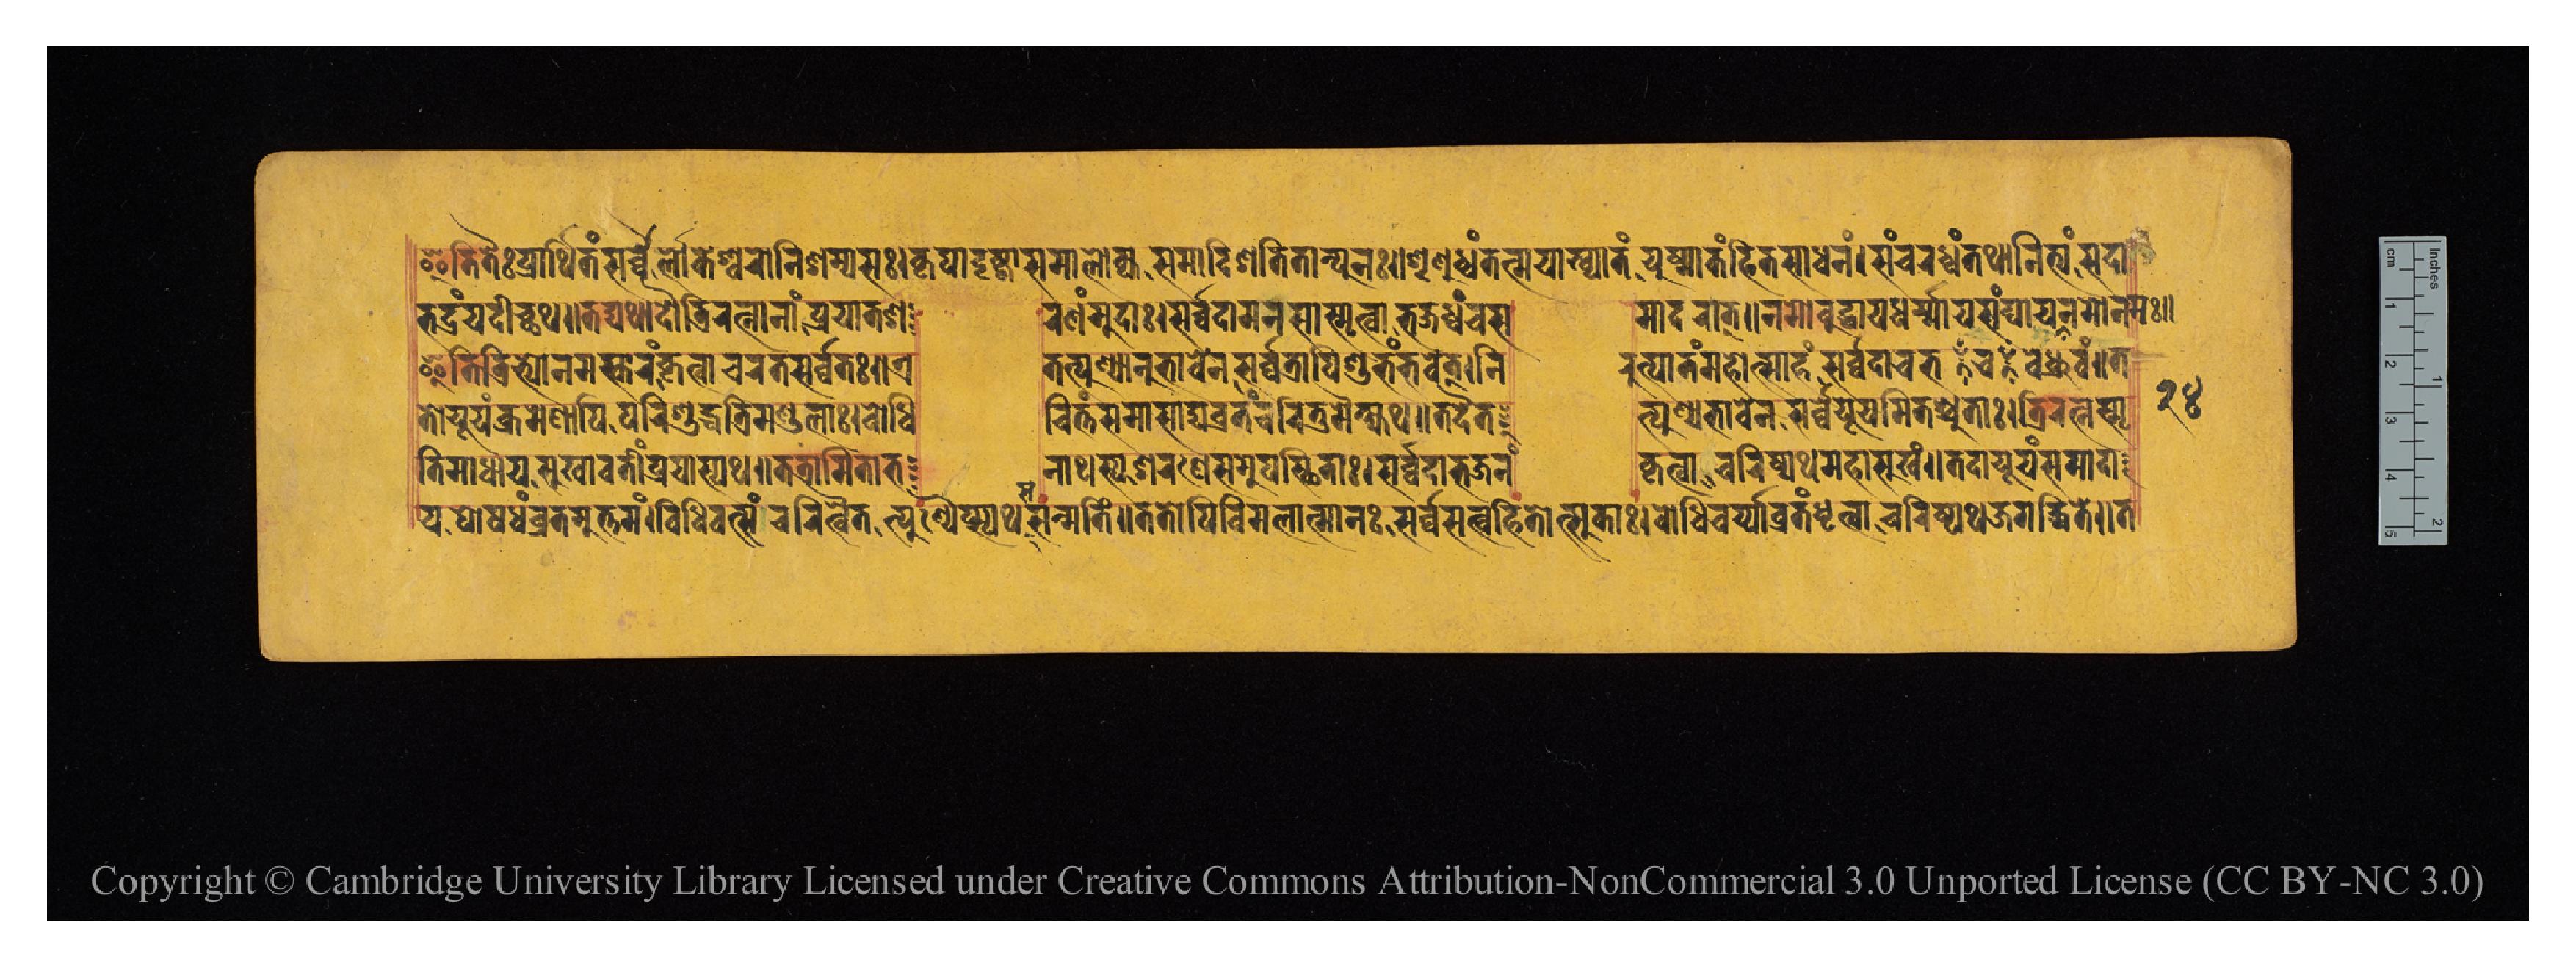
𑐂𑐟𑐶𑐟𑐿𑐥𑑂𑐬𑐵𑐬𑑂𑐠𑐶𑐟𑑄𑐳𑐬𑑂𑐰𑑂𑐰𑐿𑐮𑑀𑐎𑐾𑐱𑑂𑐰𑐬𑑀𑐣𑐶𑐱𑐩𑑂𑐫𑐳𑑅𑑋𑐎𑐺𑐥𑐵𑐡𑐺𑐲𑑂𑐚𑑂𑐫𑐵𑐳𑐩𑐵𑐮𑑀𑐎𑑂𑐫𑐳𑐩𑐵𑐡𑐶𑐱𑐟𑐶𑐟𑐵𑐣𑑂𑐥𑐸𑐣𑑅𑑌𑐱𑐺𑐞𑐸𑐢𑑂𑐰𑑄𑐟𑐣𑑂𑐩𑐫𑐵𑐏𑑂𑐫𑐵𑐟𑑄𑐫𑐸𑐲𑑂𑐩𑐵𑐎𑑄𑐴𑐶𑐟𑐳𑐵𑐢𑐣𑑄𑑋𑐳𑑄𑐔𑐬𑐢𑑂𑐰𑑄𑐟𑐠𑐵𑐣𑐶𑐟𑑂𑐫𑑄𑐳𑐡𑐵 𑐨𑐡𑑂𑐬𑑄𑐫𑐡𑐷𑐔𑑂𑐕𑐠𑑌𑐟𑐡𑑂𑐫𑐠𑐵𑐡𑑁𑐟𑑂𑐬𑐶𑐬𑐟𑑂𑐣𑐵𑐣𑐵𑑄𑐥𑑂𑐬𑐫𑐵𑐟𑐱  𑐬𑐞𑑄𑐩𑐸𑐡𑐵𑑋𑐳𑐬𑑂𑐰𑑂𑐰𑐡𑐵𑐩𑐣𑐳𑐵𑐳𑑂𑐩𑐺𑐟𑑂𑐰𑐵𑐨𑐖𑐢𑑂𑐰𑐘𑑂𑐔𑐳  𑐩𑐵𑐡𑐬𑐵𑐟𑑂𑑌𑐣𑐩𑑀𑐧𑐸𑐡𑑂𑐢𑐵𑐫𑐢𑐬𑑂𑐩𑐵𑐫𑐳𑑄𑐑𑐵𑐫𑐔𑐣𑐩𑑀𑐣𑐩𑑅𑑌 𑑒𑑔 𑐂𑐟𑐶𑐟𑑂𑐬𑐶𑐨𑑂𑐫𑑀𑐣𑐩𑐳𑑂𑐎𑐵𑐬𑑄𑐎𑐺𑐟𑑂𑐰𑐵𑐔𑐬𑐟𑐳𑐬𑑂𑐰𑑂𑐰𑐟𑑅𑑌𑐊  𑐟𑐟𑑂𑐥𑐸𑐞𑑂𑐫𑐵𑐣𑐸𑐨𑐵𑐰𑐾𑐣𑐳𑐬𑑂𑐰𑑂𑐰𑐟𑑂𑐬𑐵𑐥𑐶𑐱𑐸𑐨𑑄𑐨𑐰𑐾𑐟𑑂𑑋𑐣𑐶  𑐬𑐸𑐟𑑂𑐥𑐵𑐟𑑄𑐩𑐴𑑀𑐟𑑂𑐳𑐵𑐴𑑄𑐳𑐬𑑂𑐰𑑂𑐰𑐡𑐵𑐔𑐨𑐰𑐾𑐢𑑂𑐬𑐰𑑄𑑌𑐟 𑐟𑑀𑐫𑐹𑐫𑑄𑐎𑑂𑐬𑐩𑐾𑐞𑐵𑐥𑐶𑐥𑐬𑐶𑐱𑐸𑐡𑑂𑐢𑐟𑑂𑐬𑐶𑐩𑐞𑑂𑐜𑐮𑐵𑑅𑑋𑐧𑑀𑐢𑐶  𑐔𑐶𑐟𑑂𑐟𑑄𑐳𑐩𑐵𑐳𑐵𑐢𑑂𑐫𑐰𑑂𑐬𑐟𑐘𑑂𑐔𑐬𑐶𑐟𑐸𑐩𑐿𑐎𑑂𑐲𑑂𑐫𑐠𑑌𑐟𑐡𑐾𑐟  𑐟𑑂𑐥𑐸𑐞𑑂𑐫𑐨𑐵𑐰𑐾𑐣𑐳𑐬𑑂𑐰𑑂𑐰𑐾𑐫𑐹𑐫𑐩𑐶𑐟𑐱𑑂𑐔𑑂𑐫𑐸𑐟𑐵𑑅𑑋𑐟𑑂𑐬𑐶𑐬𑐟𑑂𑐣𑐳𑑂𑐩𑐺 𑐟𑐶𑐩𑐵𑐢𑐵𑐫𑐳𑐸𑐏𑐵𑐰𑐟𑐷𑑄𑐥𑑂𑐬𑐫𑐵𑐳𑑂𑐫𑐠𑑌𑐟𑐟𑑂𑐬𑐵𑐩𑐶𑐟𑐵𑐨 𑐣𑐵𑐠𑐳𑑂𑐫𑐱𑐬𑐞𑐾𑐳𑐩𑐸𑐥𑐳𑑂𑐠𑐶𑐟𑐵𑑅𑑋𑐳𑐬𑑂𑐰𑑂𑐰𑐡𑐵𑐨𑐖𑐣𑑄  𑐎𑐺𑐟𑑂𑐰𑐵𑐔𑐬𑐶𑐲𑑂𑐫𑐠𑐩𑐴𑐵𑐳𑐸𑐏𑑄𑑌𑐟𑐡𑐵𑐫𑐹𑐫𑑄𑐳𑐩𑐡𑐵 𑐫𑐥𑑀𑐲𑐢𑑄𑐰𑑂𑐬𑐟𑐩𑐸𑐟𑑂𑐟𑐩𑑄𑑋𑐰𑐶𑐢𑐶𑐰𑐟𑑂𑐳𑐘𑑂𑐔𑐬𑐶𑐟𑑂𑐰𑐿𑐟𑑂𑐥𑐸𑐞𑑂𑐫𑐿𑐬𑑂𑐮𑐥𑑂𑐳𑑂𑐫𑐠𑐳𑐣𑑂𑐩𑐟𑐶𑑄𑑌𑐟𑐟𑑀𑐥𑐶𑐰𑐶𑐩𑐮𑐵𑐟𑑂𑐩𑐵𑐣𑑅𑐳𑐬𑑂𑐰𑑂𑐰𑐳𑐟𑑂𑐰𑐴𑐶𑐟𑑀𑐟𑑂𑐳𑐸𑐎𑐵𑑅𑑋𑐧𑑀𑐢𑐶𑐔𑐬𑑂𑐫𑐵𑐰𑑂𑐬𑐟𑑄𑐢𑐺𑐟𑑂𑐰𑐵𑐔𑐬𑐶𑐲𑑂𑐫𑐠𑐖𑐐𑐡𑑂𑐢𑐶𑐟𑐾𑑌𑐟